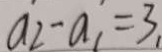
a _ { 2 } - a _ { 1 } = 3 _ { 1 }